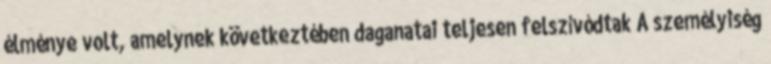
élménye volt, amelynek következtében daganatai teljesen felszívódtak A személyiség